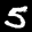
Label: 5